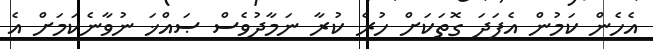
އެހެން ކަމުން އެފަދަ ގޮތަކަށް ހުރެ ކުރާ ނަމާދުވެސް ޞައްޚަ ނުވާނެކަމަށް އެ